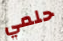
حلمي